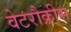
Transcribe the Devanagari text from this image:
वेटरौक्रीस